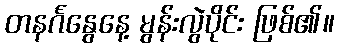
တနင်္ဂနွေနေ့ မွန်းလွဲပိုင်း ဖြစ်၏။